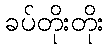
ခပ်တိုးတိုး